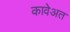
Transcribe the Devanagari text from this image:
कावेअत